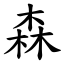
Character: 森